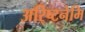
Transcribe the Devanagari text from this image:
अरि्ष्टनेमि